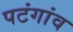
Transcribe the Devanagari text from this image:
पटंगांव